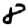
Digit: 8